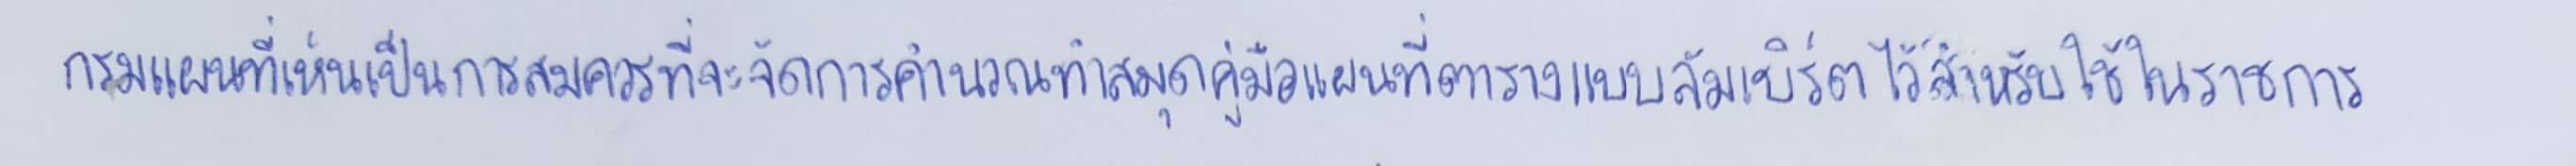
กรมแผนที่เห็นเป็นการสมควรที่จะจัดการคำนวณทำสมุดคู่มือแผนที่ตารางแบบลัมเบิร์ตขึ้นไว้สำหรับใช้ในราชการ